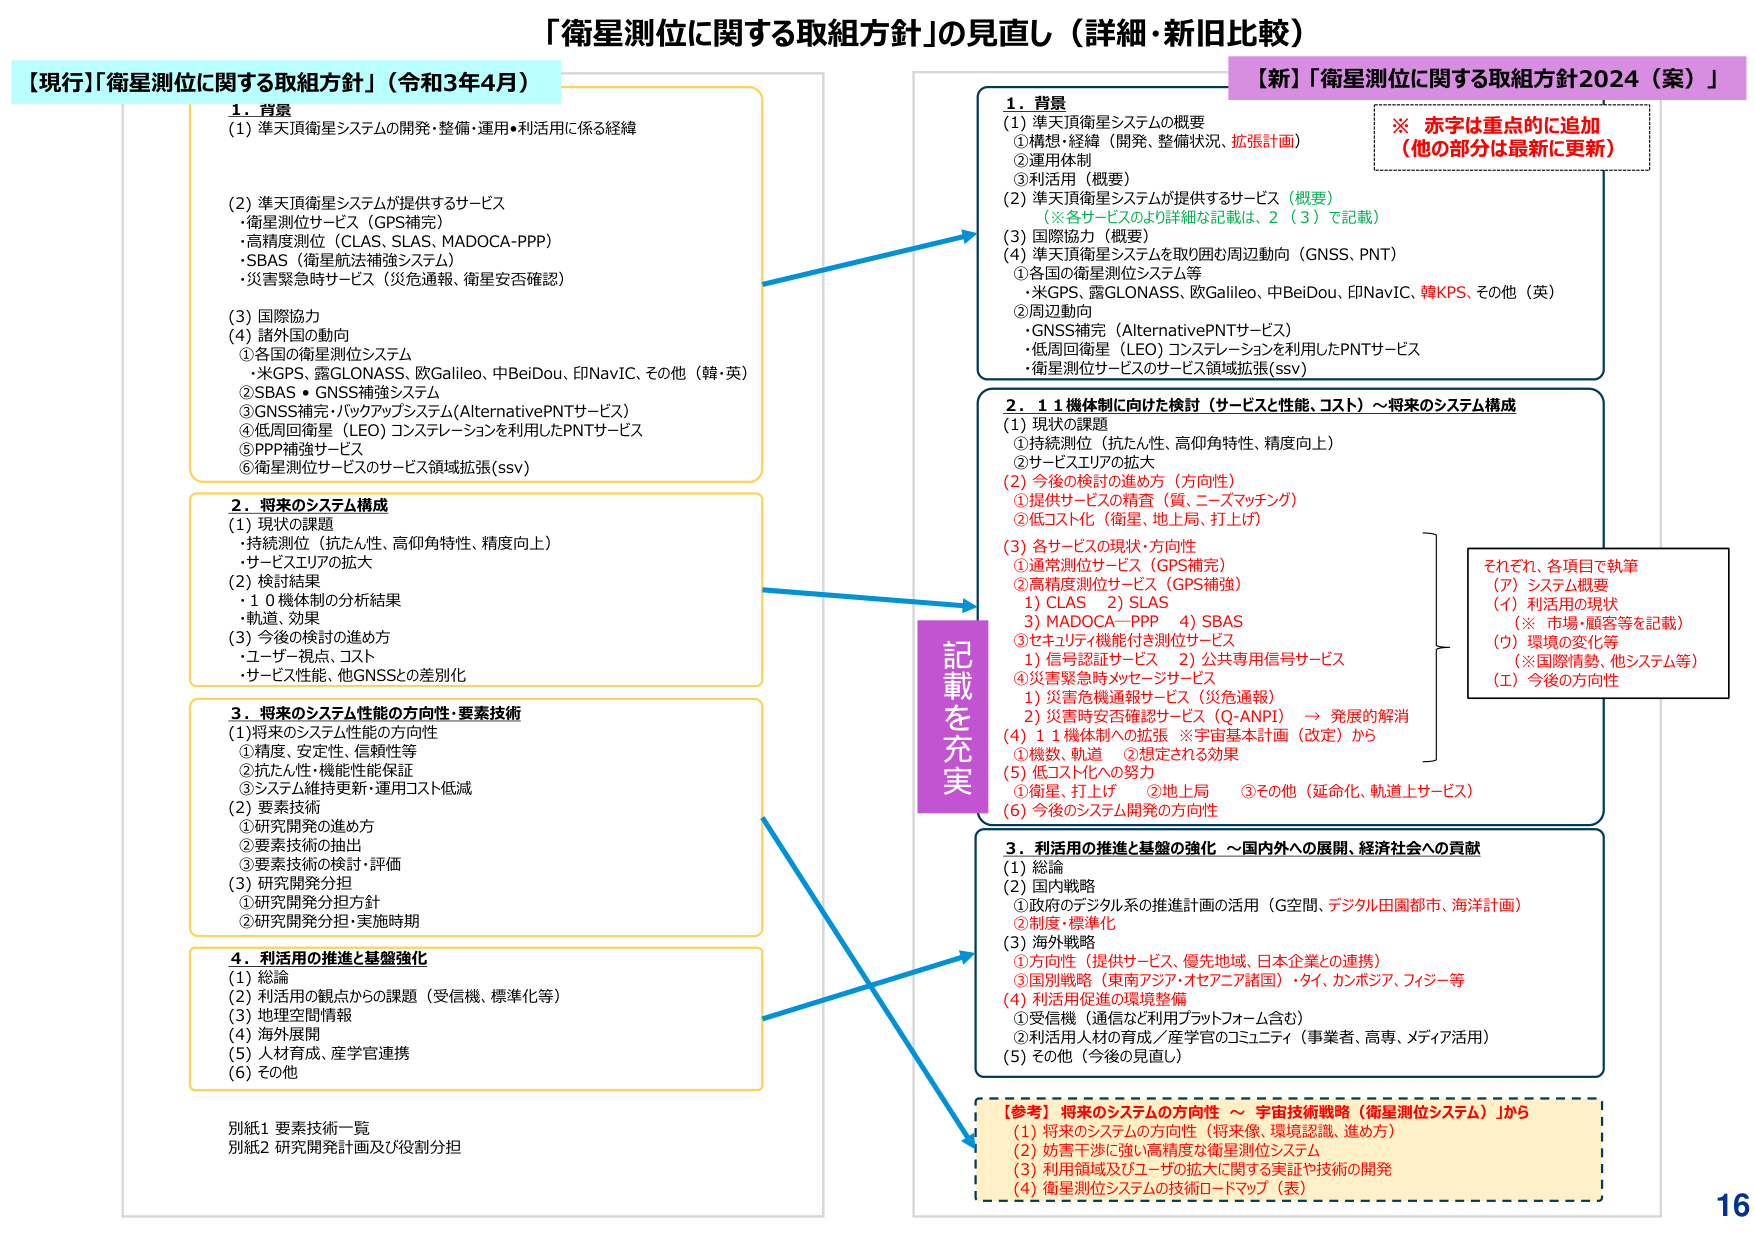
「衛星測位に関する取組方針」の見直し（詳細・新旧比較）

【現行】「衛星測位に関する取組方針」（令和3年4月）

1. 背景
(1) 準天頂衛星システムの開発・整備・運用・利活用に係る経緯
(2) 準天頂衛星システムが提供するサービス
・衛星測位サービス（GPS補完）
・高精度測位（CLAS、SLAS、MADOCA-PPP）
・SBAS（衛星航法補強システム）
・災害緊急時サービス（災危通報、衛星安否確認）
(3) 国際協力
(4) 諸外国の動向
①各国の衛星測位システム
・米GPS、露GLONASS、欧Galileo、中BeiDou、印NavIC、その他（韓・英）
②SBAS・GNSS補強システム
③GNSS補完・バックアップシステム（AlternativePNTサービス）
④低周回衛星（LEO）コンステレーションを利用したPNTサービス
⑤PPP補強サービス
⑥衛星測位サービスのサービス領域拡張（ssv）

2. 将来のシステム構成
(1) 現状の課題
・持続測位（抗たん性、高仰角特性、精度向上）
・サービスエリアの拡大
(2) 検討結果
・10機体制の分析結果
・軌道、効果
(3) 今後の検討の進め方
・ユーザー視点、コスト
・サービス性能、他GNSSとの差別化

3. 将来のシステム性能の方向性・要素技術
(1) 将来のシステム性能の方向性
①精度、安定性、信頼性等
②抗たん性・機能性能保証
③システム維持更新・運用コスト低減
(2) 要素技術
①研究開発の進め方
②要素技術の抽出
③要素技術の検討・評価
(3) 研究開発分担
①研究開発分担方針
②研究開発分担・実施時期

4. 利活用の推進と基盤強化
(1) 総論
(2) 利活用の観点からの課題（受信機、標準化等）
(3) 地理空間情報
(4) 海外展開
(5) 人材育成、産学官連携
(6) その他

別紙1 要素技術一覧
別紙2 研究開発計画及び役割分担

【新】「衛星測位に関する取組方針2024（案）」

1. 背景
(1) 準天頂衛星システムの概要
①構想・経緯（開発、整備状況、拡張計画）
②運用体制
③利活用（概要）
(2) 準天頂衛星システムが提供するサービス（概要）
（※各サービスのより詳細な記載は、2（3）で記載）
(3) 国際協力（概要）
(4) 準天頂衛星システムを取り囲む周辺動向（GNSS、PNT）
①各国の衛星測位システム等
・米GPS、露GLONASS、欧Galileo、中BeiDou、印NavIC、韓KPS、その他（英）
②周辺動向
・GNSS補完（AlternativePNTサービス）
・低周回衛星（LEO）コンステレーションを利用したPNTサービス
・衛星測位サービスのサービス領域拡張（ssv）

2. 1.1機体制に向けた検討（サービスと性能、コスト）～将来のシステム構成
(1) 現状の課題
①持続測位（抗たん性、高仰角特性、精度向上）
②サービスエリアの拡大
(2) 今後の検討の進め方（方向性）
①提供サービスの精査（質、ニーズマッチング）
②低コスト化（衛星、地上局、打上げ）
(3) 各サービスの現状・方向性
①通常測位サービス（GPS補完）
②高精度測位サービス（GPS補強）
1）CLAS　2）SLAS
3）MADOCA-PPP　4）SBAS
③セキュリティ機能付き測位サービス
1）信号認証サービス　2）公共専用信号サービス
④災害緊急時メッセージサービス
1）災害危機通報サービス（災危通報）
2）災害時安否確認サービス（Q-ANPI）　→ 発展的解消
(4) 1.1機体制への拡張　※宇宙基本計画（改定）から
①機数、軌道　②想定される効果
(5) 低コスト化への努力
①衛星、打上げ　②地上局　③その他（延命化、軌道上サービス）
(6) 今後のシステム開発の方向性

3. 利活用の推進と基盤の強化 ～国内外への展開、経済社会への貢献
(1) 総論
(2) 国内戦略
①政府のデジタル系の推進計画の活用（G空間、デジタル田園都市、海洋計画）
②制度・標準化
(3) 海外戦略
①方向性（提供サービス、優先地域、日本企業との連携）
③国別戦略（東南アジア・オセアニア諸国）・タイ、カンボジア、フィジー等
(4) 利活用促進の環境整備
①受信機（通信など利用プラットフォーム含む）
②利活用人材の育成／産学官のコミュニティ（事業者、高専、メディア活用）
(5) その他（今後の見直し）

【参考】将来のシステムの方向性 ～ 宇宙技術戦略（衛星測位システム）から
(1) 将来のシステムの方向性（将来像、環境認識、進め方）
(2) 妨害干渉に強い高精度な衛星測位システム
(3) 利用領域及びユーザの拡大に関する実証や技術の開発
(4) 衛星測位システムの技術ロードマップ（表）

※ 赤字は重点的に追加
（他の部分は最新に更新）

それぞれ、各項目で執筆
(ア) システム概要
(イ) 利活用の現状
（※ 市場・顧客等を記載）
(ウ) 環境の変化等
（※ 国際情勢、他システム等）
(エ) 今後の方向性

記載を充実

16